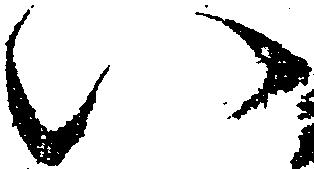
い